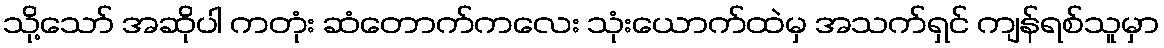
သို့သော် အဆိုပါ ကတုံး ဆံတောက်ကလေး သုံးယောက်ထဲမှ အသက်ရှင် ကျန်ရစ်သူမှာ